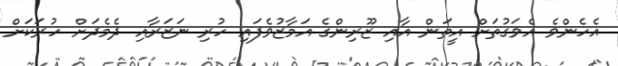
އެހެންވެ އެވަގުތަށް އީތަން އާއި ޒޫރިންގެ އަމާޒުވެފައި ހުރި ނަޒަރާއި ދެމެދަށް ހުރަކަށް